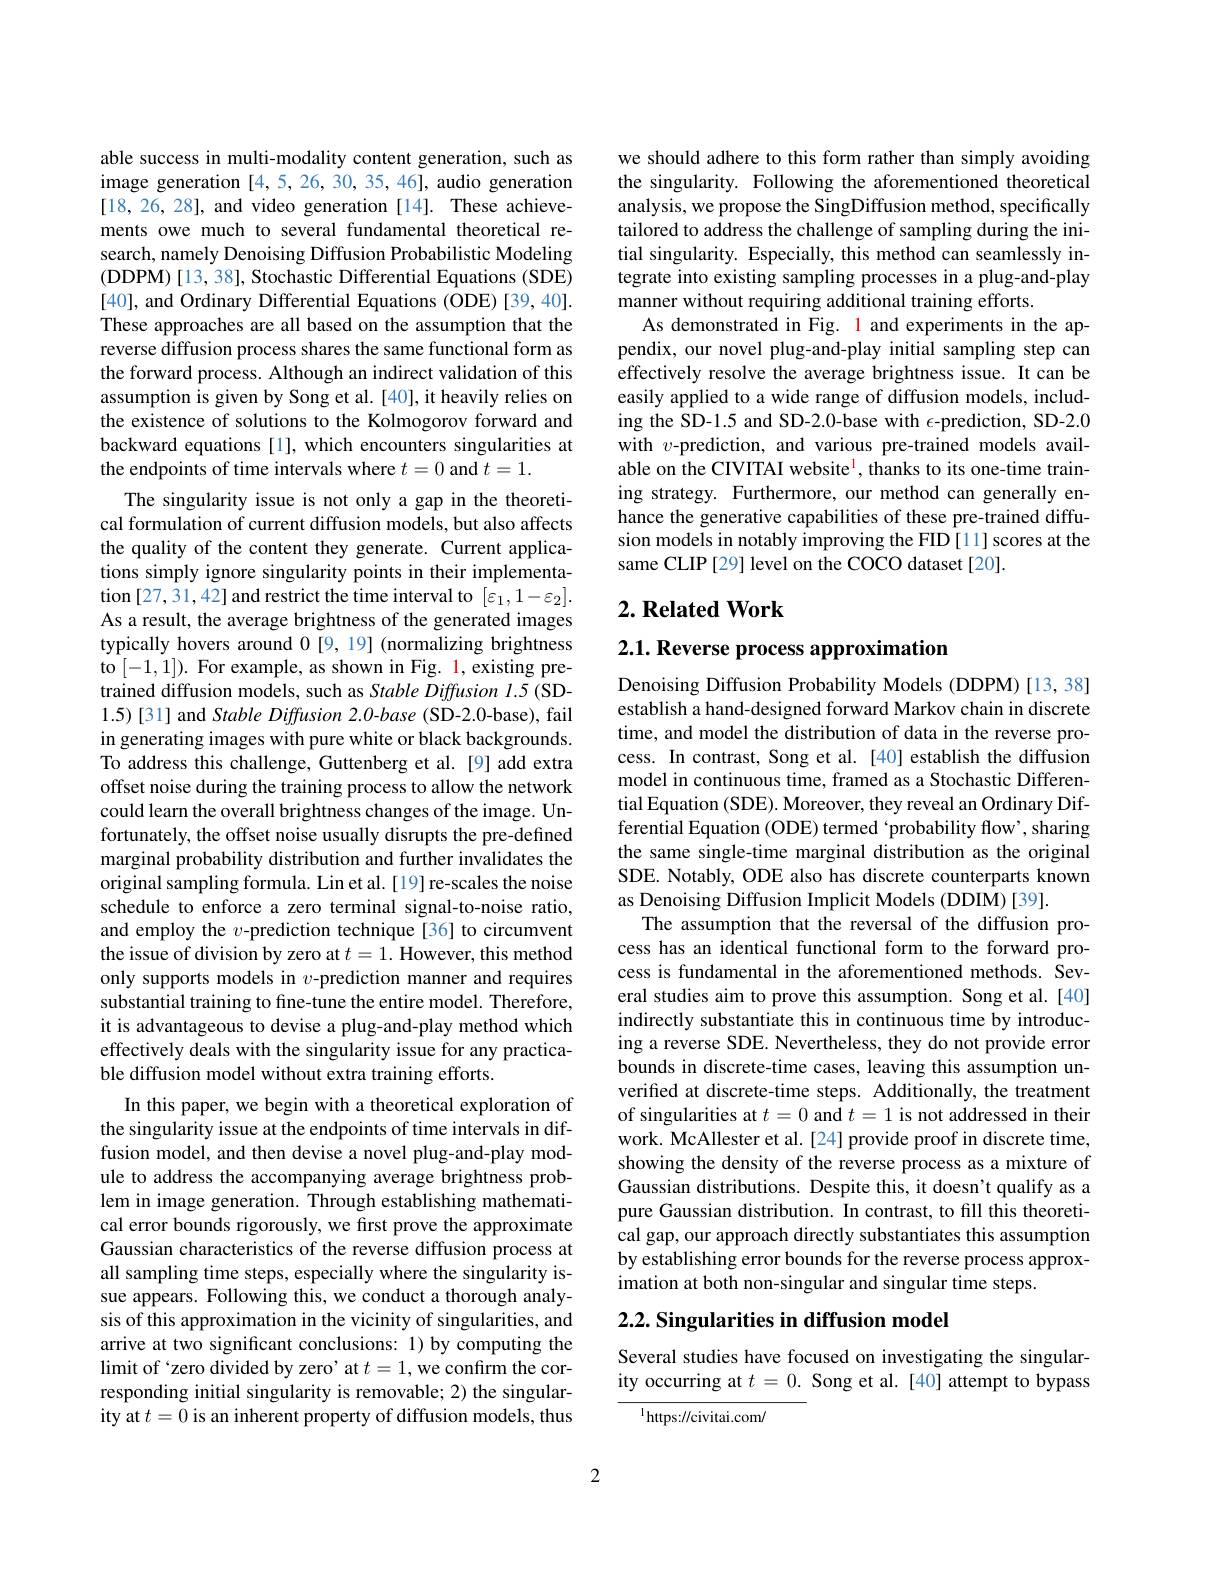
able success in multi-modality content generation, such as image generation [4,5,26,30,35,46], audio generation [18,26,28], and video generation[14]. These achievements owe much to several fundamental theoretical research, namely Denoising Diffusion Probabilistic Modeling (DDPM)[13, 38], Stochastic Differential Equations (SDE) [40], and Ordinary Differential Equations (ODE)[39,40]. These approaches are all based on the assumption that the reverse diffusion process shares the same functional form as the forward process. Although an indirect validation of this assumption is given by Song et al. [40], it heavily relies on the existence of solutions to the Kolmogorov forward and backward equations [1], which encounters singularities at the endpoints of time intervals where $t=0$ and $t=1.$
The singularity issue is not only a gap in the theoretical formulation of current diffusion models, but also affects the quality of the content they generate. Current applications simply ignore singularity points in their implementation [27,31,42] and restrict the time interval to $[\varepsilon_{1},1-\varepsilon_{2}].$ As a result, the average brightness of the generated images typically hovers around 0 [9, 19] (normalizing brightness to [-1,1]). For example, as shown in Fig. 1, existing pretrained diffusion models, such as Stable Diffusion 1.5 (SD- 1.5)[31] and Stable Diffusion 2.0-base (SD-2.0-base), fail in generating images with pure white or black backgrounds. To address this challenge, Guttenberg et al. [9] add extra offset noise during the training process to allow the network could learn the overall brightness changes of the image. Unfortunately, the offset noise usually disrupts the pre-defined marginal probability distribution and further invalidates the original sampling formula. Lin et al.[19] re-scales the noise schedule to enforce a zero terminal signal-to-noise ratio, and employ the $v$-prediction technique[36] to circumvent the issue of division by zero at $t=1.$ However, this method only supports models in $v$-prediction manner and requires substantial training to fine-tune the entire model. Therefore, it is advantageous to devise a plug-and-play method which effectively deals with the singularity issue for any practicable diffusion model without extra training efforts.
In this paper, we begin with a theoretical exploration of the singularity issue at the endpoints of time intervals in diffusion model, and then devise a novel plug-and-play module to address the accompanying average brightness problem in image generation. Through establishing mathematical error bounds rigorously, we first prove the approximate Gaussian characteristics of the reverse diffusion process at all sampling time steps, especially where the singularity issue appears. Following this, we conduct a thorough analysis of this approximation in the vicinity of singularities, and arrive at two significant conclusions: 1) by computing the limit of‘zero divided by zero’ at $t=1$,we confırm the corresponding initial singularity is removable; 2) the singularity at $t=0$ is an inherent property of diffusion models, thus
2

we should adhere to this form rather than simply avoiding the singularity. Following the aforementioned theoretical analysis, we propose the SingDiffusion method, specifically tailored to address the challenge of sampling during the initial singularity. Especially, this method can seamlessly integrate into existing sampling processes in a plug-and-play manner without requiring additional training efforts.
As demonstrated in Fig. 1 and experiments in the appendix, our novel plug-and-play initial sampling step can effectively resolve the average brightness issue. It can be easily applied to a wide range of diffusion models, including the SD-1.5 and SD-2.0-base with $\epsilon$-prediction, SD-2.0 with $v$-prediction, and various pre-trained models available on the CIVITAI website$^{\mathrm{l}}$, thanks to its one-time training strategy. Furthermore, our method can generally enhance the generative capabilities of these pre-trained diffusion models in notably improving the FID [11] scores at the same CLIP [29] level on the COCO dataset[20].

## $2. \textbf{Related Work}$

2.1. Reverse process approximation

Denoising Diffusion Probability Models (DDPM) [13, 38] establish a hand-designed forward Markov chain in discrete time, and model the distribution of data in the reverse process. In contrast, Song et al. [40] establish the diffusion model in continuous time, framed as a Stochastic Differential Equation (SDE). Moreover, they reveal an Ordinary Differential Equation (ODE) termed ‘probability flow’, sharing the same single-time marginal distribution as the original SDE. Notably, ODE also has discrete counterparts known as Denoising Diffusion Implicit Models (DDIM)[39].
The assumption that the reversal of the diffusion process has an identical functional form to the forward process is fundamental in the aforementioned methods. Several studies aim to prove this assumption. Song et al.[40] indirectly substantiate this in continuous time by introducing a reverse SDE. Nevertheless, they do not provide error bounds in discrete-time cases, leaving this assumption unverified at discrete-time steps. Additionally, the treatment of singularities at $t=0$ and $t=1$ is not addressed in their work. McAllester et al.[24] provide proof in discrete time, showing the density of the reverse process as a mixture of Gaussian distributions. Despite this, it doesn't qualify as a pure Gaussian distribution. In contrast, to fill this theoretical gap, our approach directly substantiates this assumption by establishing error bounds for the reverse process approximation at both non-singular and singular time steps.

# 2.2. Singularities in diffusion model

Several studies have focused on investigating the singularity occurring at $t=0.$ Song et al.[40] attempt to bypass

$^{1}$https://civitai.com/